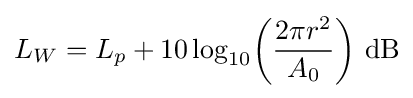
L_{W}=L_{p}+10\log _{10}\!\left({\frac {2\pi r^{2}}{A_{0}}}\right)\!~\mathrm {dB}